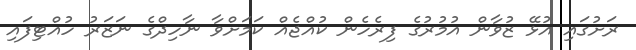
ރަށުގައި އުޅޭ ޒުވާން އުމުރުގެ ފިރެހެން ކުއްޖެއް ކަމަށްވާ ނާހިދްގެ ނަޒަރު ހުއްޓިފައި